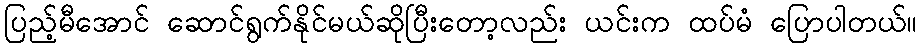
ပြည့်မီအောင် ဆောင်ရွက်နိုင်မယ်ဆိုပြီးတော့လည်း ယင်းက ထပ်မံ ပြောပါတယ်။